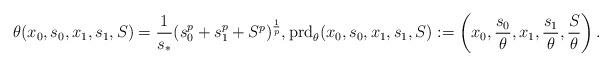
LaTeX: \begin{align*} \theta(x_0,s_0,x_1,s_1,S) = \frac{1}{s_*}(s_0^p + s_1^p + S^p)^{\frac 1 p}, {\rm prd}_{\theta}(x_0,s_0,x_1,s_1,S) := \left(x_0,\frac{s_0}{\theta},x_1,\frac{s_1}{\theta}, \frac{S}{\theta}\right). \end{align*}